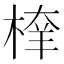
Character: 𣖂